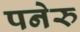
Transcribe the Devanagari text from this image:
पनेरु